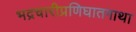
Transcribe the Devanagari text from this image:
भद्रचारीप्रणिघातगाथा